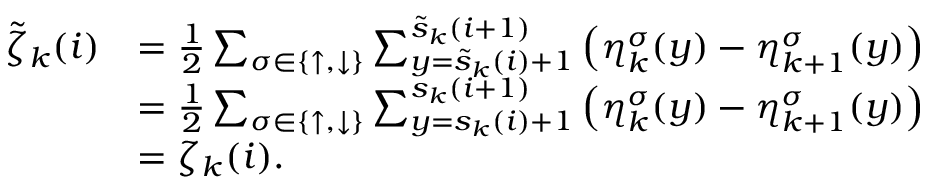
\begin{array} { r l } { \tilde { \zeta } _ { k } ( i ) } & { = \frac { 1 } { 2 } \sum _ { \sigma \in \{ \uparrow , \downarrow \} } \sum _ { y = \tilde { s } _ { k } ( i ) + 1 } ^ { \tilde { s } _ { k } ( i + 1 ) } \left( \eta _ { k } ^ { \sigma } ( y ) - \eta _ { k + 1 } ^ { \sigma } ( y ) \right) } \\ & { = \frac { 1 } { 2 } \sum _ { \sigma \in \{ \uparrow , \downarrow \} } \sum _ { y = s _ { k } ( i ) + 1 } ^ { s _ { k } ( i + 1 ) } \left( \eta _ { k } ^ { \sigma } ( y ) - \eta _ { k + 1 } ^ { \sigma } ( y ) \right) } \\ & { = \zeta _ { k } ( i ) . } \end{array}